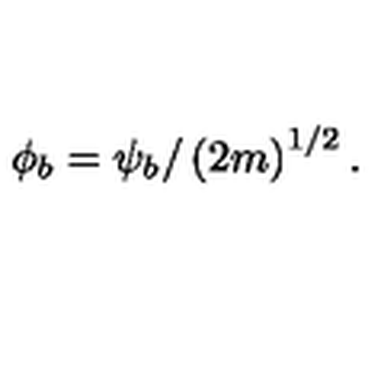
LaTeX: \phi _ { b } = \psi _ { b } / \left( 2 m \right) ^ { 1 / 2 } .